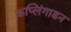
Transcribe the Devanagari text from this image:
कप्लिंगाडन